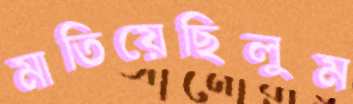
মাতিয়েছিলুম